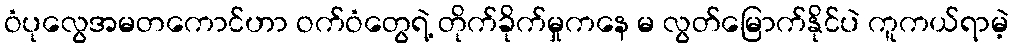
ဝံပုလွေအမတကောင်ဟာ ဝက်ဝံတွေရဲ့ တိုက်ခိုက်မှုကနေ မ လွတ်မြောက်နိုင်ပဲ ကူကယ်ရာမဲ့